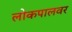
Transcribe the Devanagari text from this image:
लोकपालवर